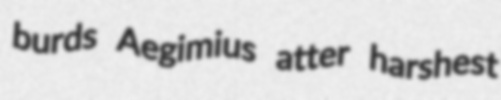
burds Aegimius atter harshest